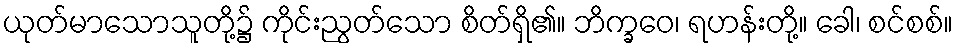
ယုတ်မာသောသူတို့၌ ကိုင်းညွတ်သော စိတ်ရှိ၏။ ဘိက္ခဝေ၊ ရဟန်းတို့။ ခေါ၊ စင်စစ်။